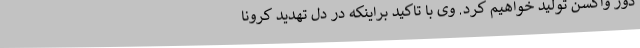
دوز واکسن تولید خواهیم کرد. وی با تاکید براینکه در دل تهدید کرونا